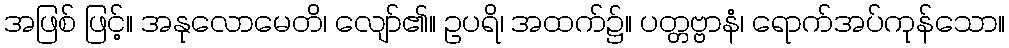
အဖြစ် ဖြင့်။ အနုလောမေတိ၊ လျော်၏။ ဥပရိ၊ အထက်၌။ ပတ္တဗ္ဗာနံ၊ ရောက်အပ်ကုန်သော။